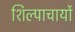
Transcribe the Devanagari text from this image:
शिल्पाचार्यो